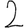
Digit: 2